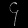
Digit: ၄